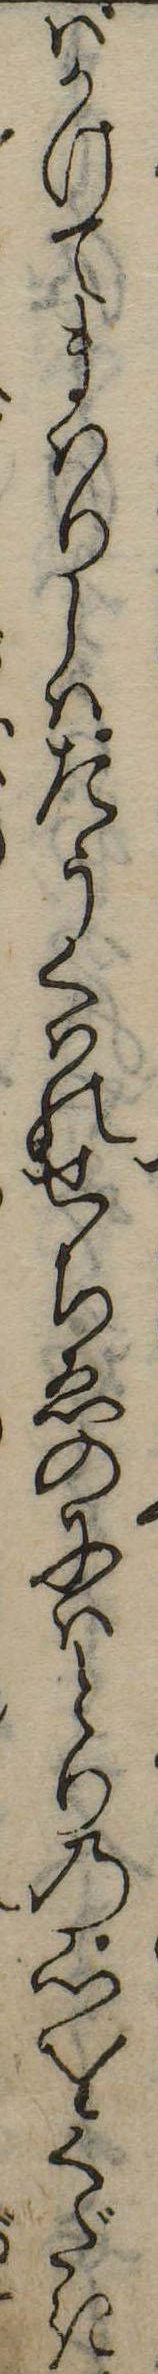
ばかけてまはりしはたうくはのせちゑのにはとりの心をくだき